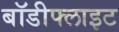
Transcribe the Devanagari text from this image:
बॉडीफ्लाइट